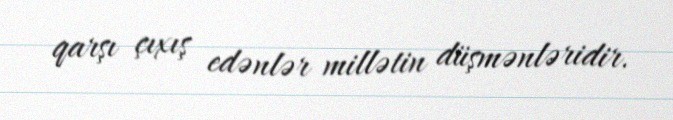
qarşı çıxış edənlər millətin düşmənləridir.